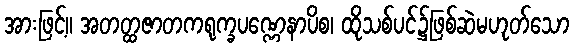
အားဖြင့်။ အတတ္ထဇာတကရုက္ခပဏ္ဏေနာပိစ၊ ထိုသစ်ပင်၌ဖြစ်ဆဲမဟုတ်သော